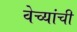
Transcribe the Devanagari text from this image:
वेच्यांची